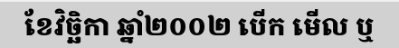
ខែវិច្ឆិកា ឆ្នាំ២០០២ បើក មើល ឬ